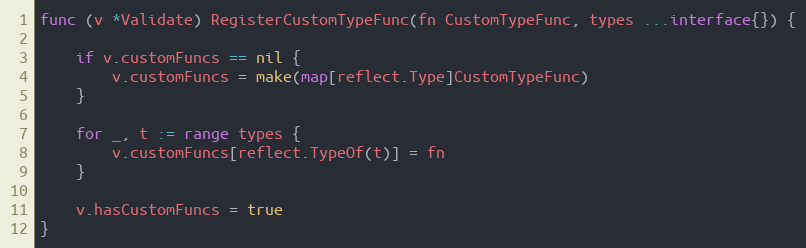
Language: Go
func (v *Validate) RegisterCustomTypeFunc(fn CustomTypeFunc, types ...interface{}) {

	if v.customFuncs == nil {
		v.customFuncs = make(map[reflect.Type]CustomTypeFunc)
	}

	for _, t := range types {
		v.customFuncs[reflect.TypeOf(t)] = fn
	}

	v.hasCustomFuncs = true
}